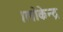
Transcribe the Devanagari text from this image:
।लोकेन्द्र